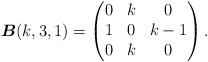
LaTeX: \begin{align*}\boldsymbol{B}(k,3,1)=\begin{pmatrix}0&k&0 \\1&0&k-1 \\0&k& 0\end{pmatrix}.\end{align*}